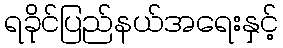
ရခိုင်ပြည်နယ်အရေးနှင့်